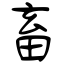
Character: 畜